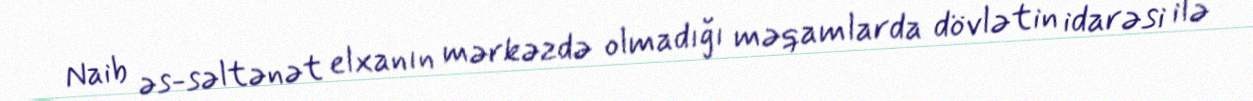
Naib əs-səltənət elxanın mərkəzdə olmadığı məqamlarda dövlətin idarəsi ilə